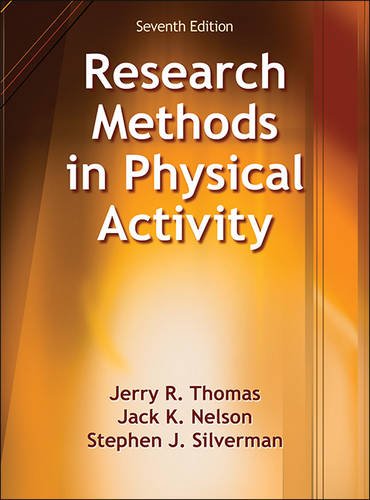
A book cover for Research Methods in Physical Activity-7th Edition; Jerry Thomas; Medical Books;